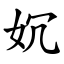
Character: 㚮